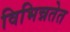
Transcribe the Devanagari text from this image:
विभिन्नतेत